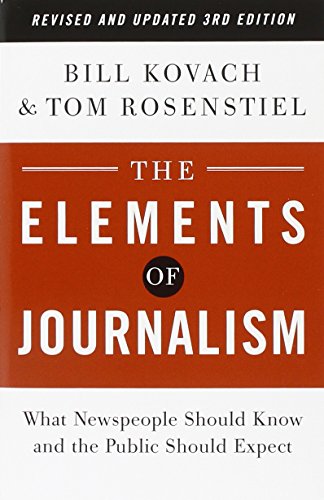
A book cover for The Elements of Journalism, Revised and Updated 3rd Edition: What Newspeople Should Know and the Public Should Expect; Bill Kovach; Reference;